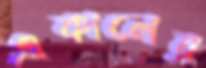
একালের